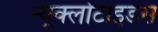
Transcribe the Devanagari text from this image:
न्यूक्लोटाइडस